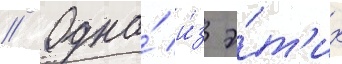
// Одна́ и́з э́т'их